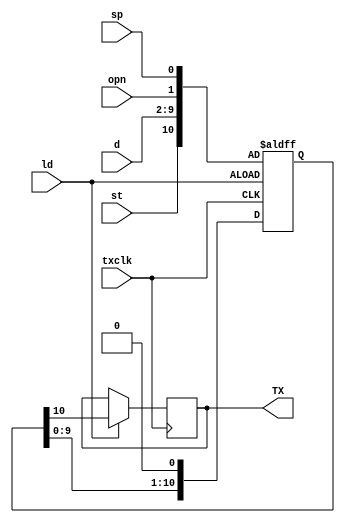
//Serial Transmission System
//Shift Register
//Serial Transmission , Parallel Reception

module STSystem_SR(txclk,ld,st,opn,sp,d,TX);

input wire txclk,ld,st,opn,sp;//
input wire [7:0] d;
output reg TX;

reg [0:10] loaddata;

always@(posedge txclk or negedge ld)
begin
	if(ld == 0)
	{loaddata}<={st,d,opn,sp};
	else
	{TX,loaddata}<={loaddata,1'b0};
end


endmodule